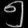
Digit: ၅